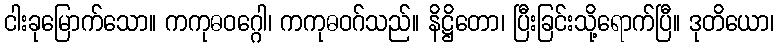
ငါးခုမြောက်သော။ ကကုဓဝဂ္ဂေါ၊ ကကုဓဝဂ်သည်။ နိဋ္ဌိတော၊ ပြီးခြင်းသို့ရောက်ပြီ။ ဒုတိယော၊